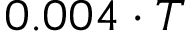
0 . 0 0 4 \cdot T